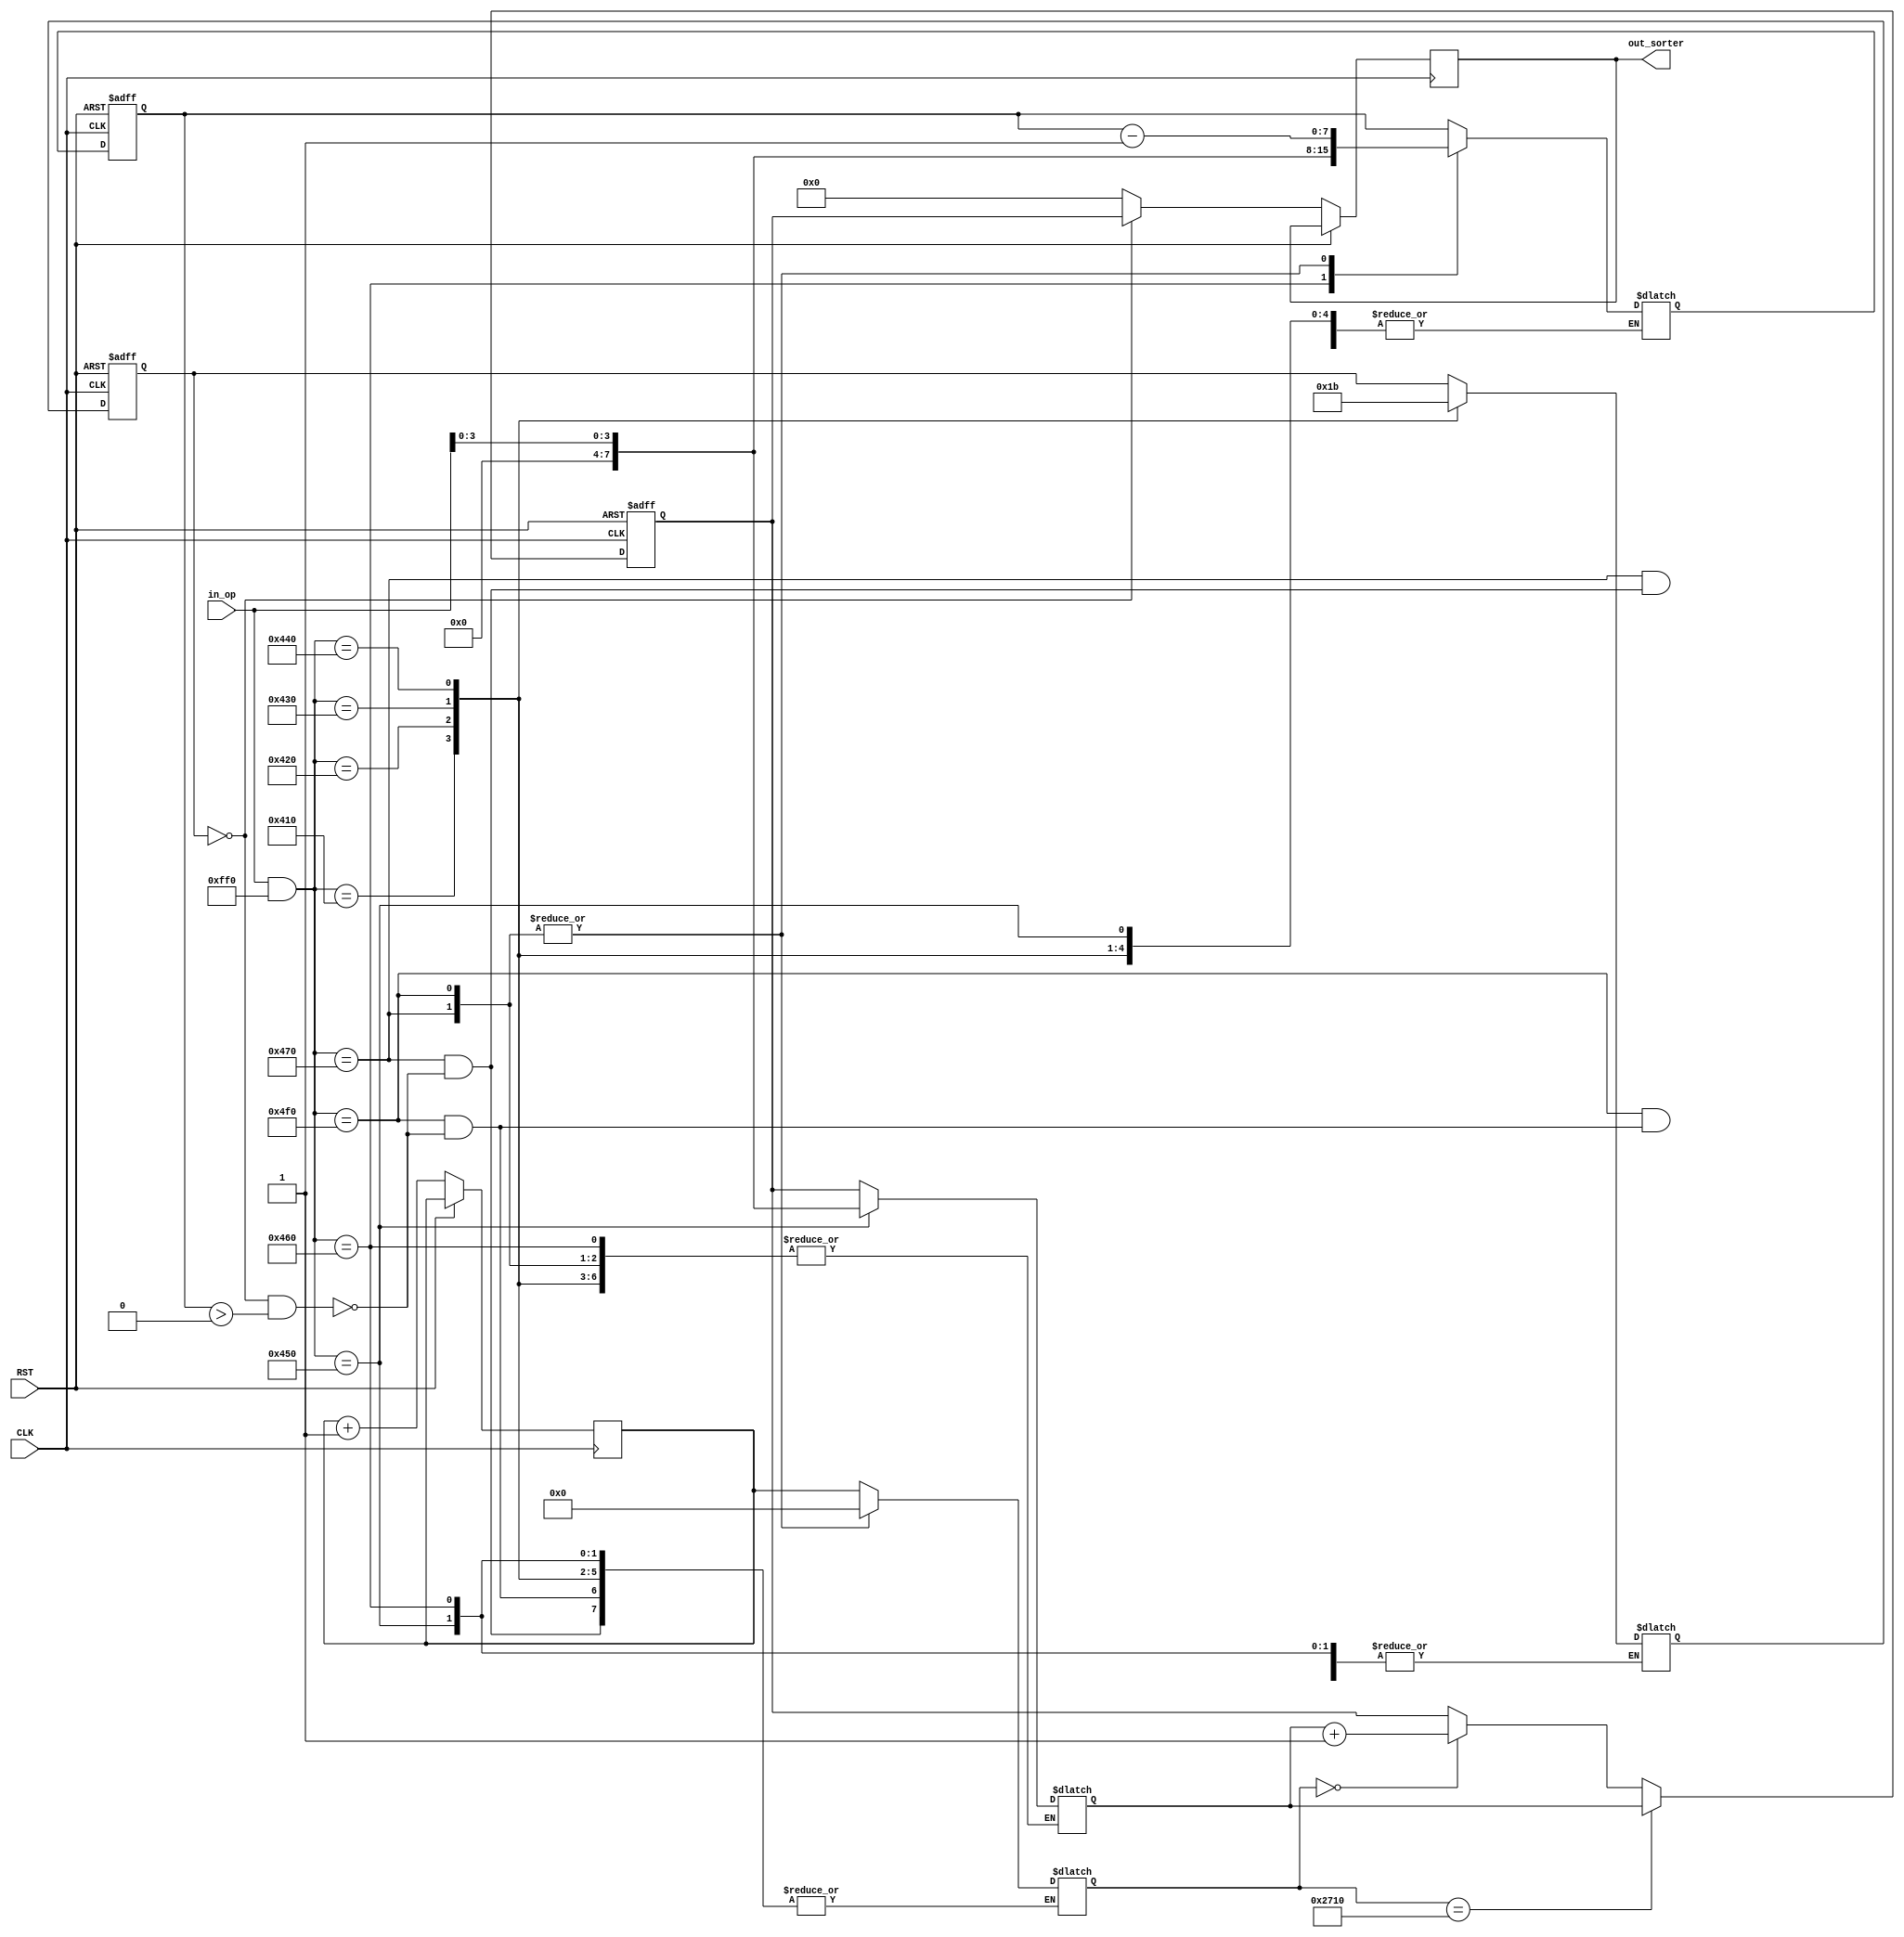
module task3(
    input CLK,
	 input RST,
    input [15:0] in_op,
    output wire [7:0] out_sorter
    );

    // Initial values

    reg [1:0] state = 2'b00;
    reg [1:0] next_state;
    reg [7:0] task_priority = 8'b00000000;
    reg [7:0] next_priority = 8'b00000000;
    reg [7:0] exe_hit = 8'b10000000;
    reg [7:0] next_exe_hit;
    reg [7:0] id_plus_prty;
    reg [31:0] r_counter = 32'b0;
	 reg [31:0] next_r_counter = 32'b0;

    localparam task_id = 8'b00000100;

    // States
    // ---------------------
    // 00 | Ready
    // 01 | Suspended
    // 10 | Wait
    // 11 | Terminated
    // ---------------------



    always @(*) begin
        // Operation cases
        // ---------------------
        // 1111 | Confirm execution
        // 0001 | Ready          
        // 0010 | Suspend                    
        // 0011 | Wait                        
        // 0100 | Kill                      
        // 0101 | Increase priority          
        // 0110 | Increase execution hit 
        // 1100 | Kill                       
        // 0000 | Not defined
        // ---------------------

        case (in_op & 16'b0000111111110000)
            // ---------------------
            // Particular State change
            // ---------------------
            16'b0000010000010000: next_state = 2'b00; // Ready : 0001
            16'b0000010000100000: next_state = 2'b01; // Suspend : 0010
            16'b0000010000110000: next_state = 2'b10; // Wait : 0011
            16'b0000010001000000: next_state = 2'b11; // Kill : 0100
			
            // ---------------------------------------------------------
			
            16'b0000010001010000: next_priority = in_op[3:0]; // Increase priority : 0101
            16'b0000010001100000: next_exe_hit = in_op[3:0]; // Increase execution hit : 0110
			
            16'b0000010001110000: begin // Execute
                if (state == 2'b00 && exe_hit > 0) begin
                    next_exe_hit = exe_hit - 1;
                    next_r_counter <= 0;
                end
            end
			
            16'b0000010011110000: begin // Finish execution
                if (state == 2'b00 && exe_hit > 0) begin
                    next_exe_hit = exe_hit - 1;
                    next_r_counter <= 0;
                end
            end
			
            default: begin
                next_state = state;
                next_priority = task_priority;
                next_exe_hit = exe_hit;
					 next_r_counter = r_counter;
            end
        endcase
    end

    always @(posedge CLK or posedge RST) begin
        if (RST) begin
            // RST the FSM to the initial state and values
            state <= 2'b00;
            task_priority <= 8'b00000000;
            exe_hit <= 8'b10000000;
        end else begin 
			  if (state == 2'b00) begin
					id_plus_prty = {task_id, task_priority};
			  end else begin
					id_plus_prty = 8'b00000000;
			  end
			  if (next_r_counter == 10000) begin
					r_counter <= 0;
					task_priority <= next_priority;
			  end else if (next_r_counter == 0) begin
					r_counter <= 0;
					task_priority <= next_priority + 1;	
			  end
			  state <= next_state;		  
			  exe_hit <= next_exe_hit;
			  r_counter <= r_counter + 1;
		  end
    end

    assign out_sorter = id_plus_prty;

endmodule